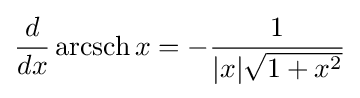
{\frac {d}{dx}}\operatorname {arcsch} x=-{\frac {1}{|x|{\sqrt {1+x^{2}}}}}